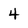
Character: 4